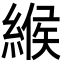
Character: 緱